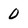
Character: 0